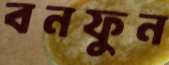
বনফুন